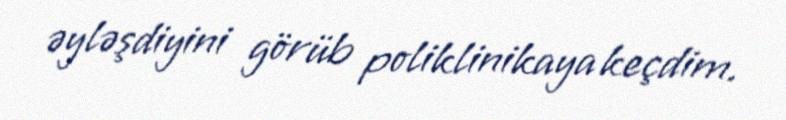
əyləşdiyini görüb poliklinikaya keçdim.